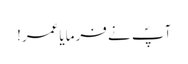
آپؐ نے فرمایاعمر!